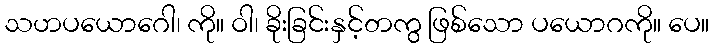
သဟပယောဂေါ၊ ကို။ ဝါ၊ ခိုးခြင်းနှင့်တကွ ဖြစ်သော ပယောဂကို။ ပေ။